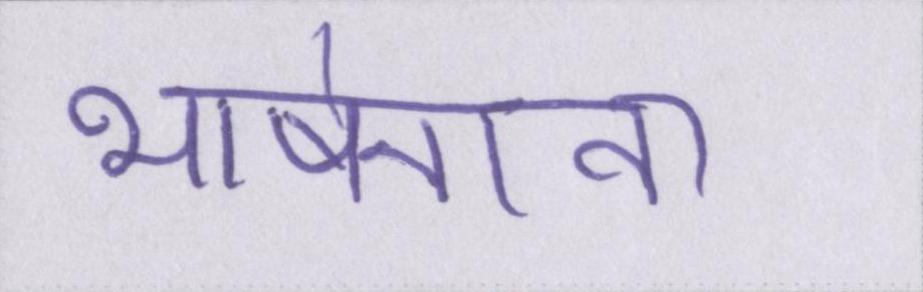
भाषेनाना